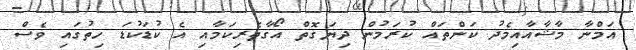
އަމްނާ މާޝާއާއިމެދު ކަންތައް ކުރަމުން ދިޔަގޮތް އޯގާތެރިކަމާއި އެ ކުޑަކުޑަ ހިތުގައި ވެސް